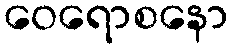
ဝေရောစနော